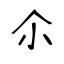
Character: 尒